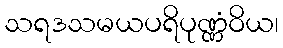
သရဒသမယပရိပုဏ္ဏံဝိယ၊